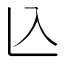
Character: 兦